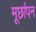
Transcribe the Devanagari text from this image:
मूर्छापन